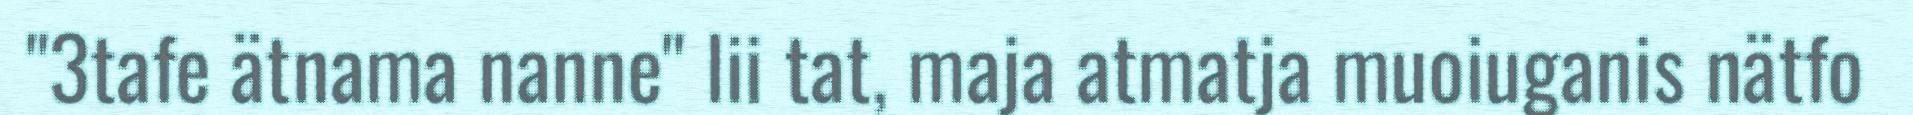
"3tafe ätnama nanne" lii tat, maja atmatja muoiuganis nätfo